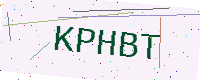
Text: KPHBT